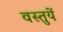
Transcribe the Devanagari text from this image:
वस्‍तुयें